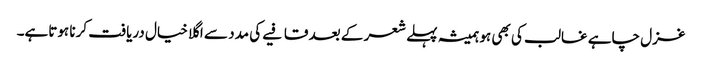
غزل چاہے غالب کی بھی ہو ہمیشہ پہلے شعر کے بعد قافیے کی مدد سے اگلا خیال دریافت کرنا ہوتاہے۔